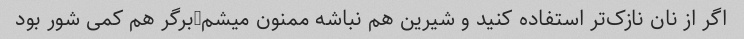
اگر از نان نازک‌تر استفاده کنید و شیرین هم نباشه ممنون میشم-برگر هم کمی شور بود